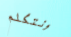
ونتكلم